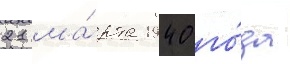
21 ма́рта 1940 го́да